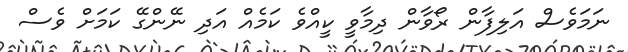
ނަމަވެސް އަލިފާން ރޯވާން ދިމާވީ ކީއްވެ ކަމެއް އަދި ނޭންގޭ ކަމަށް ވެސް